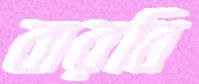
বারবি